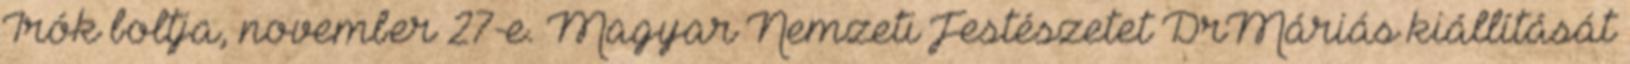
Írók boltja, november 27-e. Magyar Nemzeti Festészetet DrMáriás kiállítását